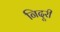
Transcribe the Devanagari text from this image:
निदूरी